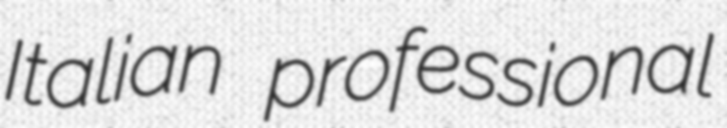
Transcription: Italian professional